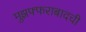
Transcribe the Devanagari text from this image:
मुझफ्फराबादची